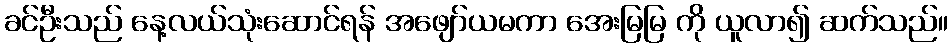
ခင်ဦးသည် နေ့လယ်သုံးဆောင်ရန် အဖျော်ယမကာ အေးမြမြ ကို ယူလာ၍ ဆက်သည်။